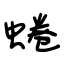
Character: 蜷